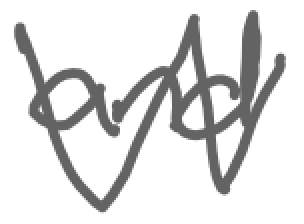
Text: and
Cross-out: zig-zag
Writing tool: digital_gray